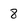
Character: 8